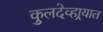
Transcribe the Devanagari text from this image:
कुलदेव्हार्‍यात